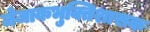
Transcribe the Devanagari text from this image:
जेजाकभुक्तिशासक